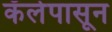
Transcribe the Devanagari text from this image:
कॅलेपासून